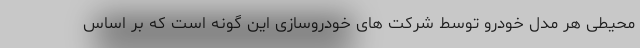
محیطی هر مدل خودرو توسط شرکت های خودروسازی این گونه است که بر اساس